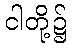
ငါတို့၌